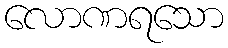
လောဏရသော